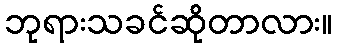
ဘုရားသခင်ဆိုတာလား။